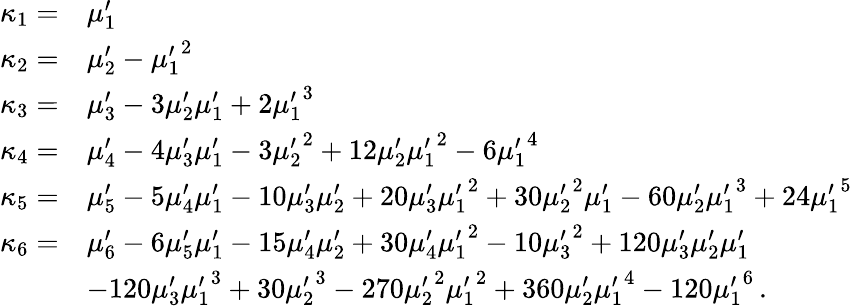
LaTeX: {\begin{array}{rl}{\kappa_{1}=}&{\mu_{1}^{\prime}}\\ {\kappa_{2}=}&{\mu_{2}^{\prime}-{\mu_{1}^{\prime}}^{2}}\\ {\kappa_{3}=}&{\mu_{3}^{\prime}-3\mu_{2}^{\prime}\mu_{1}^{\prime}+2{\mu_{1}^{\prime}}^{3}}\\ {\kappa_{4}=}&{\mu_{4}^{\prime}-4\mu_{3}^{\prime}\mu_{1}^{\prime}-3{\mu_{2}^{\prime}}^{2}+12\mu_{2}^{\prime}{\mu_{1}^{\prime}}^{2}-6{\mu_{1}^{\prime}}^{4}}\\ {\kappa_{5}=}&{\mu_{5}^{\prime}-5\mu_{4}^{\prime}\mu_{1}^{\prime}-10\mu_{3}^{\prime}\mu_{2}^{\prime}+20\mu_{3}^{\prime}{\mu_{1}^{\prime}}^{2}+30{\mu_{2}^{\prime}}^{2}\mu_{1}^{\prime}-60\mu_{2}^{\prime}{\mu_{1}^{\prime}}^{3}+24{\mu_{1}^{\prime}}^{5}}\\ {\kappa_{6}=}&{\mu_{6}^{\prime}-6\mu_{5}^{\prime}\mu_{1}^{\prime}-15\mu_{4}^{\prime}\mu_{2}^{\prime}+30\mu_{4}^{\prime}{\mu_{1}^{\prime}}^{2}-10{\mu_{3}^{\prime}}^{2}+120\mu_{3}^{\prime}\mu_{2}^{\prime}\mu_{1}^{\prime}}\\ &{-120\mu_{3}^{\prime}{\mu_{1}^{\prime}}^{3}+30{\mu_{2}^{\prime}}^{3}-270{\mu_{2}^{\prime}}^{2}{\mu_{1}^{\prime}}^{2}+360\mu_{2}^{\prime}{\mu_{1}^{\prime}}^{4}-120{\mu_{1}^{\prime}}^{6}\, .}\end{array}}